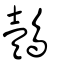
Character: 鷧